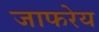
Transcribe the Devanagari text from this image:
जाफरेय